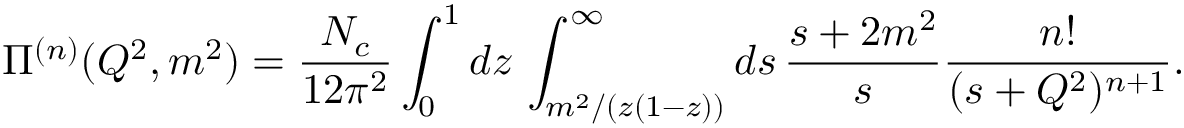
\Pi ^ { ( n ) } ( Q ^ { 2 } , m ^ { 2 } ) = \frac { N _ { c } } { 1 2 \pi ^ { 2 } } \int _ { 0 } ^ { 1 } d z \, \int _ { m ^ { 2 } / ( z ( 1 - z ) ) } ^ { \infty } d s \, \frac { s + 2 m ^ { 2 } } { s } \frac { n ! } { ( s + Q ^ { 2 } ) ^ { n + 1 } } .